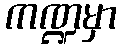
ကဏ္ဍမှာ